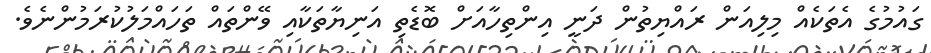
ގައުމުގެ އެތަކެއް މިލިއަން ރައްޔިތުން ދަނީ އިންތިހާއަށް ބޮޑެތި އަނިޔާތަކާއި ވޭންތައް ތަހައްމަލުކުރަމުންނެވެ.